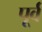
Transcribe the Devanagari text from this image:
पूर्व